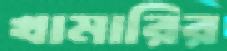
খামারির